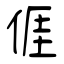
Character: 𠊎